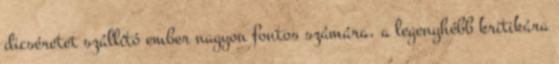
dicséretet szállító ember nagyon fontos számára, a legenyhébb kritikára